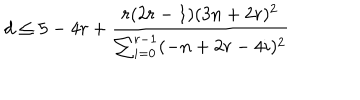
d \leq 5 - 4 r + \frac { r ( 2 r - 1 ) ( 3 n + 2 r ) ^ { 2 } } { \sum _ { i = 0 } ^ { r - 1 } ( - n + 2 r - 4 i ) ^ { 2 } }